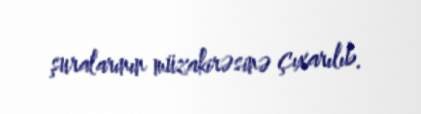
şuralarının müzakirəsinə çıxarılıb.